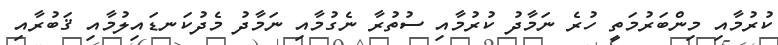
ކުރުމާއި މިންބަރުމަތީ ހުރެ ނަމާދު ކުރުމާއި ސުތުރާ ނެގުމާއި ނަމާދު މެދުކަނޑައިލުމާއި ޤަބުރާއި